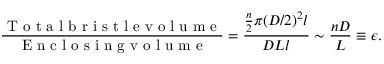
\frac { \mathrm { ~ T ~ o ~ t ~ a ~ l ~ b ~ r ~ i ~ s ~ t ~ l ~ e ~ v ~ o ~ l ~ u ~ m ~ e ~ } } { \mathrm { ~ E ~ n ~ c ~ l ~ o ~ s ~ i ~ n ~ g ~ v ~ o ~ l ~ u ~ m ~ e ~ } } = \frac { \frac { n } { 2 } \pi ( D / 2 ) ^ { 2 } l } { D L l } \sim \frac { n D } { L } \equiv \epsilon .